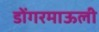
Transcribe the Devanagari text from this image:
डोंगरमाऊली